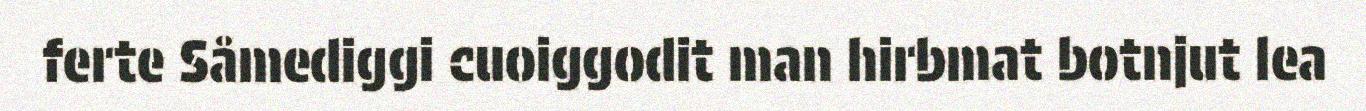
ferte Såmediggi cuoiggodit man hirbmat botnjut lea